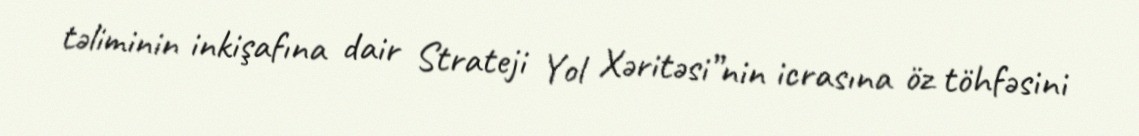
təliminin inkişafına dair Strateji Yol Xəritəsi”nin icrasına öz töhfəsini